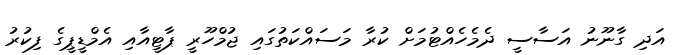
އަދި ގާނޫނު އަސާސީ ދެމެހެއްޓުމަށް ކުރާ މަސައްކަތުގައި ޖުމްހޫރީ ޕާޓީއާއި އެމްޑީޕީގެ ފިކުރު